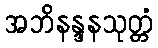
အဘိနန္ဒနသုတ္တံ